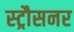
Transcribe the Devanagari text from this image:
स्ट्रौसनर